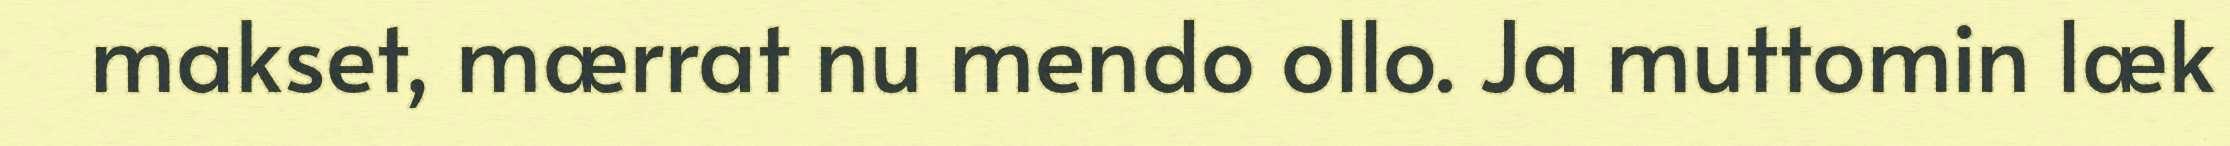
makset, mærrat nu mendo ollo. Ja muttomin læk